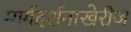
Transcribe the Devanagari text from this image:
मार्गदर्शनाखेरीज